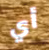
أي